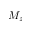
M _ { z }